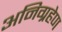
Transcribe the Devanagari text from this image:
अनिग्रहेण